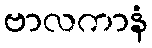
ဗာလကာနံ